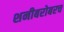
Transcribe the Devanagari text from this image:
शनीबरोबरच